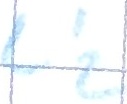
Text: L'2